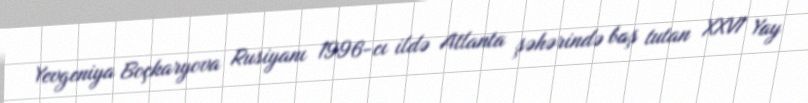
Yevgeniya Boçkaryova Rusiyanı 1996-cı ildə Atlanta şəhərində baş tutan XXVI Yay